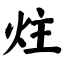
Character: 炷